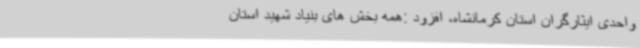
واحدی ایثارگران استان کرمانشاه، افزود :همه بخش های بنیاد شهید استان